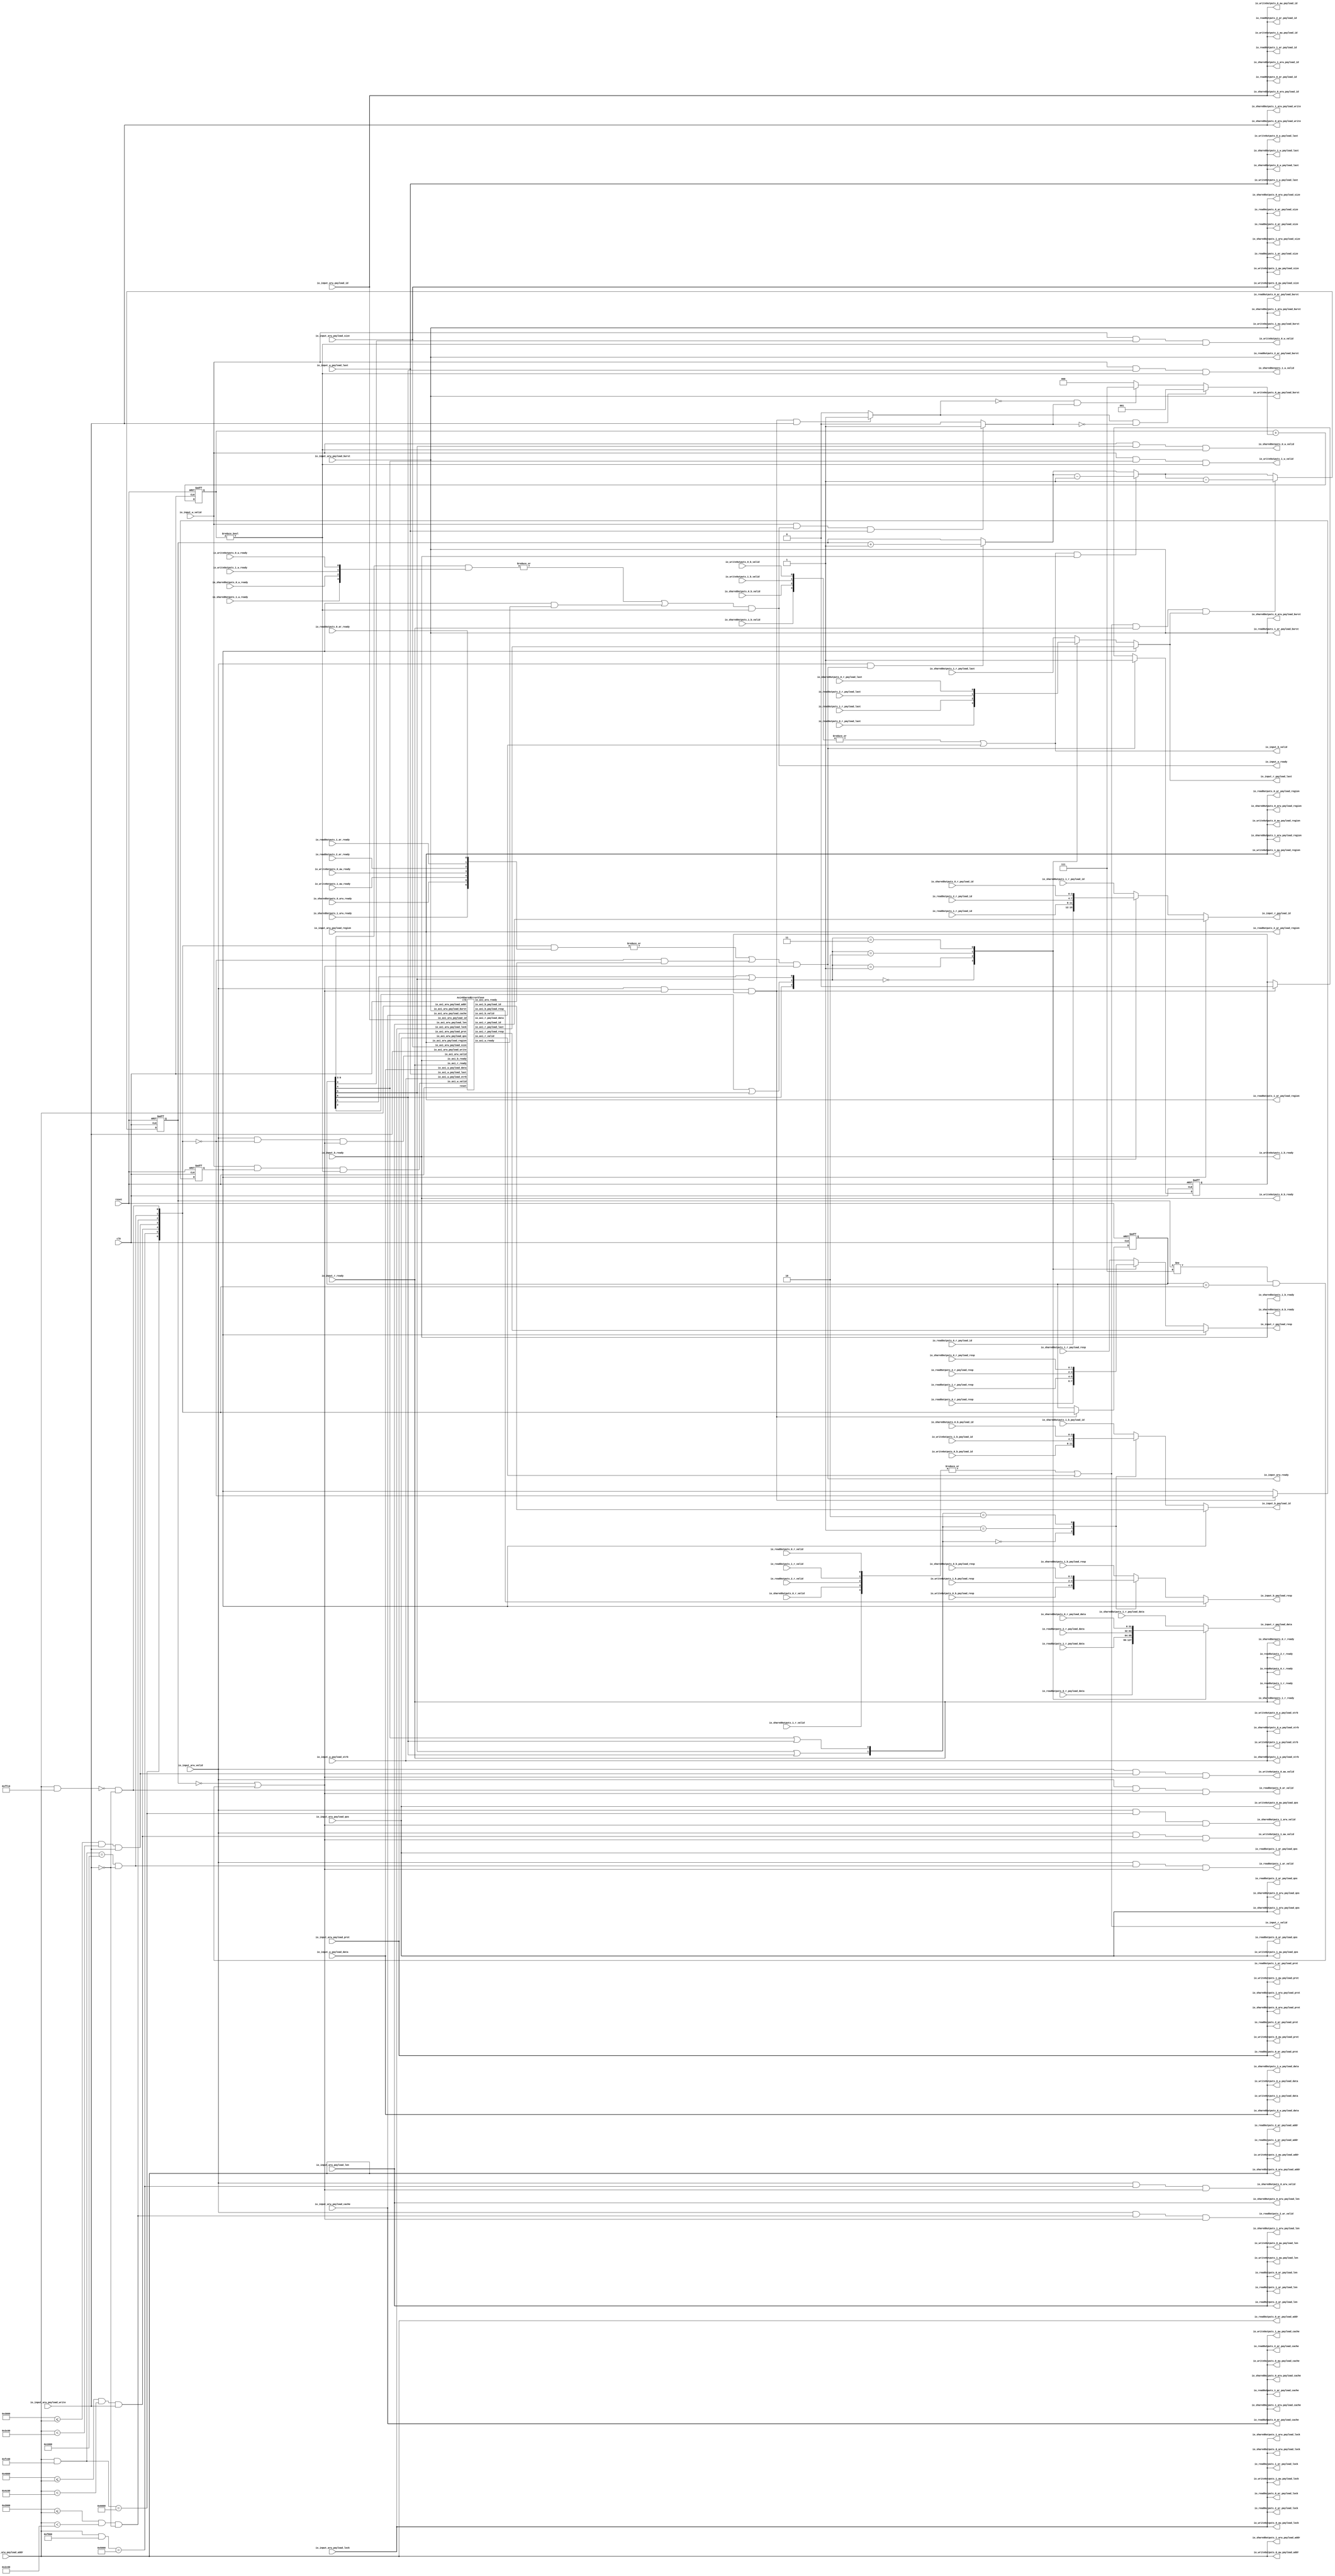
// Generator : SpinalHDL v1.7.2    git head : 08fc866bebdc40c471ebe327bface63e34406489
// Component : Axi4SharedDecoder
// Git hash  : 23d564a3e9d4d768c2cb1641ec7dc2becc0d2602

`timescale 1ns/1ps

module Axi4SharedDecoder (
  input               io_input_arw_valid,
  output              io_input_arw_ready,
  input      [15:0]   io_input_arw_payload_addr,
  input      [3:0]    io_input_arw_payload_id,
  input      [3:0]    io_input_arw_payload_region,
  input      [7:0]    io_input_arw_payload_len,
  input      [2:0]    io_input_arw_payload_size,
  input      [1:0]    io_input_arw_payload_burst,
  input      [0:0]    io_input_arw_payload_lock,
  input      [3:0]    io_input_arw_payload_cache,
  input      [3:0]    io_input_arw_payload_qos,
  input      [2:0]    io_input_arw_payload_prot,
  input               io_input_arw_payload_write,
  input               io_input_w_valid,
  output              io_input_w_ready,
  input      [31:0]   io_input_w_payload_data,
  input      [3:0]    io_input_w_payload_strb,
  input               io_input_w_payload_last,
  output              io_input_b_valid,
  input               io_input_b_ready,
  output reg [3:0]    io_input_b_payload_id,
  output reg [1:0]    io_input_b_payload_resp,
  output              io_input_r_valid,
  input               io_input_r_ready,
  output     [31:0]   io_input_r_payload_data,
  output reg [3:0]    io_input_r_payload_id,
  output reg [1:0]    io_input_r_payload_resp,
  output reg          io_input_r_payload_last,
  output              io_readOutputs_0_ar_valid,
  input               io_readOutputs_0_ar_ready,
  output     [15:0]   io_readOutputs_0_ar_payload_addr,
  output     [3:0]    io_readOutputs_0_ar_payload_id,
  output     [3:0]    io_readOutputs_0_ar_payload_region,
  output     [7:0]    io_readOutputs_0_ar_payload_len,
  output     [2:0]    io_readOutputs_0_ar_payload_size,
  output     [1:0]    io_readOutputs_0_ar_payload_burst,
  output     [0:0]    io_readOutputs_0_ar_payload_lock,
  output     [3:0]    io_readOutputs_0_ar_payload_cache,
  output     [3:0]    io_readOutputs_0_ar_payload_qos,
  output     [2:0]    io_readOutputs_0_ar_payload_prot,
  input               io_readOutputs_0_r_valid,
  output              io_readOutputs_0_r_ready,
  input      [31:0]   io_readOutputs_0_r_payload_data,
  input      [3:0]    io_readOutputs_0_r_payload_id,
  input      [1:0]    io_readOutputs_0_r_payload_resp,
  input               io_readOutputs_0_r_payload_last,
  output              io_readOutputs_1_ar_valid,
  input               io_readOutputs_1_ar_ready,
  output     [15:0]   io_readOutputs_1_ar_payload_addr,
  output     [3:0]    io_readOutputs_1_ar_payload_id,
  output     [3:0]    io_readOutputs_1_ar_payload_region,
  output     [7:0]    io_readOutputs_1_ar_payload_len,
  output     [2:0]    io_readOutputs_1_ar_payload_size,
  output     [1:0]    io_readOutputs_1_ar_payload_burst,
  output     [0:0]    io_readOutputs_1_ar_payload_lock,
  output     [3:0]    io_readOutputs_1_ar_payload_cache,
  output     [3:0]    io_readOutputs_1_ar_payload_qos,
  output     [2:0]    io_readOutputs_1_ar_payload_prot,
  input               io_readOutputs_1_r_valid,
  output              io_readOutputs_1_r_ready,
  input      [31:0]   io_readOutputs_1_r_payload_data,
  input      [3:0]    io_readOutputs_1_r_payload_id,
  input      [1:0]    io_readOutputs_1_r_payload_resp,
  input               io_readOutputs_1_r_payload_last,
  output              io_readOutputs_2_ar_valid,
  input               io_readOutputs_2_ar_ready,
  output     [15:0]   io_readOutputs_2_ar_payload_addr,
  output     [3:0]    io_readOutputs_2_ar_payload_id,
  output     [3:0]    io_readOutputs_2_ar_payload_region,
  output     [7:0]    io_readOutputs_2_ar_payload_len,
  output     [2:0]    io_readOutputs_2_ar_payload_size,
  output     [1:0]    io_readOutputs_2_ar_payload_burst,
  output     [0:0]    io_readOutputs_2_ar_payload_lock,
  output     [3:0]    io_readOutputs_2_ar_payload_cache,
  output     [3:0]    io_readOutputs_2_ar_payload_qos,
  output     [2:0]    io_readOutputs_2_ar_payload_prot,
  input               io_readOutputs_2_r_valid,
  output              io_readOutputs_2_r_ready,
  input      [31:0]   io_readOutputs_2_r_payload_data,
  input      [3:0]    io_readOutputs_2_r_payload_id,
  input      [1:0]    io_readOutputs_2_r_payload_resp,
  input               io_readOutputs_2_r_payload_last,
  output              io_writeOutputs_0_aw_valid,
  input               io_writeOutputs_0_aw_ready,
  output     [15:0]   io_writeOutputs_0_aw_payload_addr,
  output     [3:0]    io_writeOutputs_0_aw_payload_id,
  output     [3:0]    io_writeOutputs_0_aw_payload_region,
  output     [7:0]    io_writeOutputs_0_aw_payload_len,
  output     [2:0]    io_writeOutputs_0_aw_payload_size,
  output     [1:0]    io_writeOutputs_0_aw_payload_burst,
  output     [0:0]    io_writeOutputs_0_aw_payload_lock,
  output     [3:0]    io_writeOutputs_0_aw_payload_cache,
  output     [3:0]    io_writeOutputs_0_aw_payload_qos,
  output     [2:0]    io_writeOutputs_0_aw_payload_prot,
  output              io_writeOutputs_0_w_valid,
  input               io_writeOutputs_0_w_ready,
  output     [31:0]   io_writeOutputs_0_w_payload_data,
  output     [3:0]    io_writeOutputs_0_w_payload_strb,
  output              io_writeOutputs_0_w_payload_last,
  input               io_writeOutputs_0_b_valid,
  output              io_writeOutputs_0_b_ready,
  input      [3:0]    io_writeOutputs_0_b_payload_id,
  input      [1:0]    io_writeOutputs_0_b_payload_resp,
  output              io_writeOutputs_1_aw_valid,
  input               io_writeOutputs_1_aw_ready,
  output     [15:0]   io_writeOutputs_1_aw_payload_addr,
  output     [3:0]    io_writeOutputs_1_aw_payload_id,
  output     [3:0]    io_writeOutputs_1_aw_payload_region,
  output     [7:0]    io_writeOutputs_1_aw_payload_len,
  output     [2:0]    io_writeOutputs_1_aw_payload_size,
  output     [1:0]    io_writeOutputs_1_aw_payload_burst,
  output     [0:0]    io_writeOutputs_1_aw_payload_lock,
  output     [3:0]    io_writeOutputs_1_aw_payload_cache,
  output     [3:0]    io_writeOutputs_1_aw_payload_qos,
  output     [2:0]    io_writeOutputs_1_aw_payload_prot,
  output              io_writeOutputs_1_w_valid,
  input               io_writeOutputs_1_w_ready,
  output     [31:0]   io_writeOutputs_1_w_payload_data,
  output     [3:0]    io_writeOutputs_1_w_payload_strb,
  output              io_writeOutputs_1_w_payload_last,
  input               io_writeOutputs_1_b_valid,
  output              io_writeOutputs_1_b_ready,
  input      [3:0]    io_writeOutputs_1_b_payload_id,
  input      [1:0]    io_writeOutputs_1_b_payload_resp,
  output              io_sharedOutputs_0_arw_valid,
  input               io_sharedOutputs_0_arw_ready,
  output     [15:0]   io_sharedOutputs_0_arw_payload_addr,
  output     [3:0]    io_sharedOutputs_0_arw_payload_id,
  output     [3:0]    io_sharedOutputs_0_arw_payload_region,
  output     [7:0]    io_sharedOutputs_0_arw_payload_len,
  output     [2:0]    io_sharedOutputs_0_arw_payload_size,
  output     [1:0]    io_sharedOutputs_0_arw_payload_burst,
  output     [0:0]    io_sharedOutputs_0_arw_payload_lock,
  output     [3:0]    io_sharedOutputs_0_arw_payload_cache,
  output     [3:0]    io_sharedOutputs_0_arw_payload_qos,
  output     [2:0]    io_sharedOutputs_0_arw_payload_prot,
  output              io_sharedOutputs_0_arw_payload_write,
  output              io_sharedOutputs_0_w_valid,
  input               io_sharedOutputs_0_w_ready,
  output     [31:0]   io_sharedOutputs_0_w_payload_data,
  output     [3:0]    io_sharedOutputs_0_w_payload_strb,
  output              io_sharedOutputs_0_w_payload_last,
  input               io_sharedOutputs_0_b_valid,
  output              io_sharedOutputs_0_b_ready,
  input      [3:0]    io_sharedOutputs_0_b_payload_id,
  input      [1:0]    io_sharedOutputs_0_b_payload_resp,
  input               io_sharedOutputs_0_r_valid,
  output              io_sharedOutputs_0_r_ready,
  input      [31:0]   io_sharedOutputs_0_r_payload_data,
  input      [3:0]    io_sharedOutputs_0_r_payload_id,
  input      [1:0]    io_sharedOutputs_0_r_payload_resp,
  input               io_sharedOutputs_0_r_payload_last,
  output              io_sharedOutputs_1_arw_valid,
  input               io_sharedOutputs_1_arw_ready,
  output     [15:0]   io_sharedOutputs_1_arw_payload_addr,
  output     [3:0]    io_sharedOutputs_1_arw_payload_id,
  output     [3:0]    io_sharedOutputs_1_arw_payload_region,
  output     [7:0]    io_sharedOutputs_1_arw_payload_len,
  output     [2:0]    io_sharedOutputs_1_arw_payload_size,
  output     [1:0]    io_sharedOutputs_1_arw_payload_burst,
  output     [0:0]    io_sharedOutputs_1_arw_payload_lock,
  output     [3:0]    io_sharedOutputs_1_arw_payload_cache,
  output     [3:0]    io_sharedOutputs_1_arw_payload_qos,
  output     [2:0]    io_sharedOutputs_1_arw_payload_prot,
  output              io_sharedOutputs_1_arw_payload_write,
  output              io_sharedOutputs_1_w_valid,
  input               io_sharedOutputs_1_w_ready,
  output     [31:0]   io_sharedOutputs_1_w_payload_data,
  output     [3:0]    io_sharedOutputs_1_w_payload_strb,
  output              io_sharedOutputs_1_w_payload_last,
  input               io_sharedOutputs_1_b_valid,
  output              io_sharedOutputs_1_b_ready,
  input      [3:0]    io_sharedOutputs_1_b_payload_id,
  input      [1:0]    io_sharedOutputs_1_b_payload_resp,
  input               io_sharedOutputs_1_r_valid,
  output              io_sharedOutputs_1_r_ready,
  input      [31:0]   io_sharedOutputs_1_r_payload_data,
  input      [3:0]    io_sharedOutputs_1_r_payload_id,
  input      [1:0]    io_sharedOutputs_1_r_payload_resp,
  input               io_sharedOutputs_1_r_payload_last,
  input               clk,
  input               reset
);

  wire                errorSlave_io_axi_arw_valid;
  wire                errorSlave_io_axi_w_valid;
  wire                errorSlave_io_axi_arw_ready;
  wire                errorSlave_io_axi_w_ready;
  wire                errorSlave_io_axi_b_valid;
  wire       [3:0]    errorSlave_io_axi_b_payload_id;
  wire       [1:0]    errorSlave_io_axi_b_payload_resp;
  wire                errorSlave_io_axi_r_valid;
  wire       [31:0]   errorSlave_io_axi_r_payload_data;
  wire       [3:0]    errorSlave_io_axi_r_payload_id;
  wire       [1:0]    errorSlave_io_axi_r_payload_resp;
  wire                errorSlave_io_axi_r_payload_last;
  wire       [15:0]   _zz_decodedCmdSels;
  wire       [15:0]   _zz_decodedCmdSels_1;
  wire                _zz_decodedCmdSels_2;
  wire                _zz_decodedCmdSels_3;
  wire                _zz_decodedCmdSels_4;
  wire                _zz_decodedCmdSels_5;
  wire                _zz_decodedCmdSels_6;
  wire                _zz_decodedCmdSels_7;
  reg        [3:0]    _zz_io_input_b_payload_id;
  reg        [1:0]    _zz_io_input_b_payload_resp;
  reg        [31:0]   _zz_io_input_r_payload_data;
  reg        [3:0]    _zz_io_input_r_payload_id;
  reg        [1:0]    _zz_io_input_r_payload_resp;
  reg                 _zz_io_input_r_payload_last;
  reg        [2:0]    _zz_pendingCmdCounter;
  reg        [2:0]    _zz_pendingCmdCounter_1;
  reg        [2:0]    _zz_pendingCmdCounter_2;
  wire                cmdAllowedStart;
  wire                io_input_arw_fire;
  wire                io_input_b_fire;
  wire                io_input_r_fire;
  wire                when_Utils_l678;
  reg        [2:0]    pendingCmdCounter;
  wire       [2:0]    _zz_pendingCmdCounter_3;
  wire                when_Utils_l624;
  wire                io_input_w_fire;
  wire                when_Utils_l627;
  reg                 pendingDataCounter_incrementIt;
  reg                 pendingDataCounter_decrementIt;
  wire       [2:0]    pendingDataCounter_valueNext;
  reg        [2:0]    pendingDataCounter_value;
  wire                pendingDataCounter_willOverflowIfInc;
  wire                pendingDataCounter_willOverflow;
  reg        [2:0]    pendingDataCounter_finalIncrement;
  wire                when_Utils_l652;
  wire                when_Utils_l654;
  wire       [6:0]    decodedCmdSels;
  wire                decodedCmdError;
  reg        [6:0]    pendingSels;
  reg                 pendingError;
  wire                allowCmd;
  wire                allowData;
  reg                 _zz_cmdAllowedStart;
  wire       [2:0]    _zz_io_readOutputs_0_ar_valid;
  wire       [1:0]    _zz_io_writeOutputs_0_aw_valid;
  wire       [1:0]    _zz_io_sharedOutputs_0_arw_valid;
  wire       [1:0]    _zz_io_writeOutputs_0_w_valid;
  wire       [1:0]    _zz_io_sharedOutputs_0_w_valid;
  wire       [3:0]    _zz_writeRspIndex;
  wire                _zz_writeRspIndex_1;
  wire                _zz_writeRspIndex_2;
  wire                _zz_writeRspIndex_3;
  wire       [1:0]    writeRspIndex;
  wire       [4:0]    _zz_readRspIndex;
  wire                _zz_readRspIndex_1;
  wire                _zz_readRspIndex_2;
  wire                _zz_readRspIndex_3;
  wire                _zz_readRspIndex_4;
  wire       [2:0]    readRspIndex;

  assign _zz_decodedCmdSels = (~ 16'h03ff);
  assign _zz_decodedCmdSels_1 = (~ 16'h07ff);
  assign _zz_decodedCmdSels_2 = ((16'h4000 <= io_input_arw_payload_addr) && (io_input_arw_payload_addr < 16'h4c00));
  assign _zz_decodedCmdSels_3 = ((16'h3000 <= io_input_arw_payload_addr) && (io_input_arw_payload_addr < 16'h3c00));
  assign _zz_decodedCmdSels_4 = ((16'h2000 <= io_input_arw_payload_addr) && (io_input_arw_payload_addr < 16'h2c00));
  assign _zz_decodedCmdSels_5 = (! io_input_arw_payload_write);
  assign _zz_decodedCmdSels_6 = (((io_input_arw_payload_addr & (~ 16'h03ff)) == 16'h1000) && (! io_input_arw_payload_write));
  assign _zz_decodedCmdSels_7 = (((io_input_arw_payload_addr & (~ 16'h003f)) == 16'h0) && (! io_input_arw_payload_write));
  Axi4SharedErrorSlave errorSlave (
    .io_axi_arw_valid          (errorSlave_io_axi_arw_valid           ), //i
    .io_axi_arw_ready          (errorSlave_io_axi_arw_ready           ), //o
    .io_axi_arw_payload_addr   (io_input_arw_payload_addr[15:0]       ), //i
    .io_axi_arw_payload_id     (io_input_arw_payload_id[3:0]          ), //i
    .io_axi_arw_payload_region (io_input_arw_payload_region[3:0]      ), //i
    .io_axi_arw_payload_len    (io_input_arw_payload_len[7:0]         ), //i
    .io_axi_arw_payload_size   (io_input_arw_payload_size[2:0]        ), //i
    .io_axi_arw_payload_burst  (io_input_arw_payload_burst[1:0]       ), //i
    .io_axi_arw_payload_lock   (io_input_arw_payload_lock             ), //i
    .io_axi_arw_payload_cache  (io_input_arw_payload_cache[3:0]       ), //i
    .io_axi_arw_payload_qos    (io_input_arw_payload_qos[3:0]         ), //i
    .io_axi_arw_payload_prot   (io_input_arw_payload_prot[2:0]        ), //i
    .io_axi_arw_payload_write  (io_input_arw_payload_write            ), //i
    .io_axi_w_valid            (errorSlave_io_axi_w_valid             ), //i
    .io_axi_w_ready            (errorSlave_io_axi_w_ready             ), //o
    .io_axi_w_payload_data     (io_input_w_payload_data[31:0]         ), //i
    .io_axi_w_payload_strb     (io_input_w_payload_strb[3:0]          ), //i
    .io_axi_w_payload_last     (io_input_w_payload_last               ), //i
    .io_axi_b_valid            (errorSlave_io_axi_b_valid             ), //o
    .io_axi_b_ready            (io_input_b_ready                      ), //i
    .io_axi_b_payload_id       (errorSlave_io_axi_b_payload_id[3:0]   ), //o
    .io_axi_b_payload_resp     (errorSlave_io_axi_b_payload_resp[1:0] ), //o
    .io_axi_r_valid            (errorSlave_io_axi_r_valid             ), //o
    .io_axi_r_ready            (io_input_r_ready                      ), //i
    .io_axi_r_payload_data     (errorSlave_io_axi_r_payload_data[31:0]), //o
    .io_axi_r_payload_id       (errorSlave_io_axi_r_payload_id[3:0]   ), //o
    .io_axi_r_payload_resp     (errorSlave_io_axi_r_payload_resp[1:0] ), //o
    .io_axi_r_payload_last     (errorSlave_io_axi_r_payload_last      ), //o
    .clk                       (clk                                   ), //i
    .reset                     (reset                                 )  //i
  );
  always @(*) begin
    case(writeRspIndex)
      2'b00 : begin
        _zz_io_input_b_payload_id = io_writeOutputs_0_b_payload_id;
        _zz_io_input_b_payload_resp = io_writeOutputs_0_b_payload_resp;
      end
      2'b01 : begin
        _zz_io_input_b_payload_id = io_writeOutputs_1_b_payload_id;
        _zz_io_input_b_payload_resp = io_writeOutputs_1_b_payload_resp;
      end
      2'b10 : begin
        _zz_io_input_b_payload_id = io_sharedOutputs_0_b_payload_id;
        _zz_io_input_b_payload_resp = io_sharedOutputs_0_b_payload_resp;
      end
      default : begin
        _zz_io_input_b_payload_id = io_sharedOutputs_1_b_payload_id;
        _zz_io_input_b_payload_resp = io_sharedOutputs_1_b_payload_resp;
      end
    endcase
  end

  always @(*) begin
    case(readRspIndex)
      3'b000 : begin
        _zz_io_input_r_payload_data = io_readOutputs_0_r_payload_data;
        _zz_io_input_r_payload_id = io_readOutputs_0_r_payload_id;
        _zz_io_input_r_payload_resp = io_readOutputs_0_r_payload_resp;
        _zz_io_input_r_payload_last = io_readOutputs_0_r_payload_last;
      end
      3'b001 : begin
        _zz_io_input_r_payload_data = io_readOutputs_1_r_payload_data;
        _zz_io_input_r_payload_id = io_readOutputs_1_r_payload_id;
        _zz_io_input_r_payload_resp = io_readOutputs_1_r_payload_resp;
        _zz_io_input_r_payload_last = io_readOutputs_1_r_payload_last;
      end
      3'b010 : begin
        _zz_io_input_r_payload_data = io_readOutputs_2_r_payload_data;
        _zz_io_input_r_payload_id = io_readOutputs_2_r_payload_id;
        _zz_io_input_r_payload_resp = io_readOutputs_2_r_payload_resp;
        _zz_io_input_r_payload_last = io_readOutputs_2_r_payload_last;
      end
      3'b011 : begin
        _zz_io_input_r_payload_data = io_sharedOutputs_0_r_payload_data;
        _zz_io_input_r_payload_id = io_sharedOutputs_0_r_payload_id;
        _zz_io_input_r_payload_resp = io_sharedOutputs_0_r_payload_resp;
        _zz_io_input_r_payload_last = io_sharedOutputs_0_r_payload_last;
      end
      default : begin
        _zz_io_input_r_payload_data = io_sharedOutputs_1_r_payload_data;
        _zz_io_input_r_payload_id = io_sharedOutputs_1_r_payload_id;
        _zz_io_input_r_payload_resp = io_sharedOutputs_1_r_payload_resp;
        _zz_io_input_r_payload_last = io_sharedOutputs_1_r_payload_last;
      end
    endcase
  end

  always @(*) begin
    _zz_pendingCmdCounter = _zz_pendingCmdCounter_1;
    if(when_Utils_l678) begin
      _zz_pendingCmdCounter = (_zz_pendingCmdCounter_1 - 3'b001);
    end
  end

  always @(*) begin
    _zz_pendingCmdCounter_1 = _zz_pendingCmdCounter_2;
    if(io_input_b_fire) begin
      _zz_pendingCmdCounter_1 = (_zz_pendingCmdCounter_2 - 3'b001);
    end
  end

  always @(*) begin
    _zz_pendingCmdCounter_2 = _zz_pendingCmdCounter_3;
    if(io_input_arw_fire) begin
      _zz_pendingCmdCounter_2 = (_zz_pendingCmdCounter_3 + 3'b001);
    end
  end

  assign io_input_arw_fire = (io_input_arw_valid && io_input_arw_ready);
  assign io_input_b_fire = (io_input_b_valid && io_input_b_ready);
  assign io_input_r_fire = (io_input_r_valid && io_input_r_ready);
  assign when_Utils_l678 = (io_input_r_fire && io_input_r_payload_last);
  assign _zz_pendingCmdCounter_3 = pendingCmdCounter;
  assign when_Utils_l624 = (cmdAllowedStart && io_input_arw_payload_write);
  assign io_input_w_fire = (io_input_w_valid && io_input_w_ready);
  assign when_Utils_l627 = (io_input_w_fire && io_input_w_payload_last);
  always @(*) begin
    pendingDataCounter_incrementIt = 1'b0;
    if(when_Utils_l624) begin
      pendingDataCounter_incrementIt = 1'b1;
    end
  end

  always @(*) begin
    pendingDataCounter_decrementIt = 1'b0;
    if(when_Utils_l627) begin
      pendingDataCounter_decrementIt = 1'b1;
    end
  end

  assign pendingDataCounter_willOverflowIfInc = ((pendingDataCounter_value == 3'b111) && (! pendingDataCounter_decrementIt));
  assign pendingDataCounter_willOverflow = (pendingDataCounter_willOverflowIfInc && pendingDataCounter_incrementIt);
  assign when_Utils_l652 = (pendingDataCounter_incrementIt && (! pendingDataCounter_decrementIt));
  always @(*) begin
    if(when_Utils_l652) begin
      pendingDataCounter_finalIncrement = 3'b001;
    end else begin
      if(when_Utils_l654) begin
        pendingDataCounter_finalIncrement = 3'b111;
      end else begin
        pendingDataCounter_finalIncrement = 3'b000;
      end
    end
  end

  assign when_Utils_l654 = ((! pendingDataCounter_incrementIt) && pendingDataCounter_decrementIt);
  assign pendingDataCounter_valueNext = (pendingDataCounter_value + pendingDataCounter_finalIncrement);
  assign decodedCmdSels = {{((io_input_arw_payload_addr & _zz_decodedCmdSels) == 16'h6000),((io_input_arw_payload_addr & _zz_decodedCmdSels_1) == 16'h5000)},{{(_zz_decodedCmdSels_2 && io_input_arw_payload_write),(_zz_decodedCmdSels_3 && io_input_arw_payload_write)},{(_zz_decodedCmdSels_4 && _zz_decodedCmdSels_5),{_zz_decodedCmdSels_6,_zz_decodedCmdSels_7}}}};
  assign decodedCmdError = (decodedCmdSels == 7'h0);
  assign allowCmd = ((pendingCmdCounter == 3'b000) || ((pendingCmdCounter != 3'b111) && (pendingSels == decodedCmdSels)));
  assign allowData = (pendingDataCounter_value != 3'b000);
  assign cmdAllowedStart = ((io_input_arw_valid && allowCmd) && _zz_cmdAllowedStart);
  assign io_input_arw_ready = (((|(decodedCmdSels & {io_sharedOutputs_1_arw_ready,{io_sharedOutputs_0_arw_ready,{io_writeOutputs_1_aw_ready,{io_writeOutputs_0_aw_ready,{io_readOutputs_2_ar_ready,{io_readOutputs_1_ar_ready,io_readOutputs_0_ar_ready}}}}}})) || (decodedCmdError && errorSlave_io_axi_arw_ready)) && allowCmd);
  assign errorSlave_io_axi_arw_valid = ((io_input_arw_valid && decodedCmdError) && allowCmd);
  assign _zz_io_readOutputs_0_ar_valid = decodedCmdSels[2 : 0];
  assign io_readOutputs_0_ar_valid = ((io_input_arw_valid && _zz_io_readOutputs_0_ar_valid[0]) && allowCmd);
  assign io_readOutputs_0_ar_payload_addr = io_input_arw_payload_addr;
  assign io_readOutputs_0_ar_payload_id = io_input_arw_payload_id;
  assign io_readOutputs_0_ar_payload_region = io_input_arw_payload_region;
  assign io_readOutputs_0_ar_payload_len = io_input_arw_payload_len;
  assign io_readOutputs_0_ar_payload_size = io_input_arw_payload_size;
  assign io_readOutputs_0_ar_payload_burst = io_input_arw_payload_burst;
  assign io_readOutputs_0_ar_payload_lock = io_input_arw_payload_lock;
  assign io_readOutputs_0_ar_payload_cache = io_input_arw_payload_cache;
  assign io_readOutputs_0_ar_payload_qos = io_input_arw_payload_qos;
  assign io_readOutputs_0_ar_payload_prot = io_input_arw_payload_prot;
  assign io_readOutputs_1_ar_valid = ((io_input_arw_valid && _zz_io_readOutputs_0_ar_valid[1]) && allowCmd);
  assign io_readOutputs_1_ar_payload_addr = io_input_arw_payload_addr;
  assign io_readOutputs_1_ar_payload_id = io_input_arw_payload_id;
  assign io_readOutputs_1_ar_payload_region = io_input_arw_payload_region;
  assign io_readOutputs_1_ar_payload_len = io_input_arw_payload_len;
  assign io_readOutputs_1_ar_payload_size = io_input_arw_payload_size;
  assign io_readOutputs_1_ar_payload_burst = io_input_arw_payload_burst;
  assign io_readOutputs_1_ar_payload_lock = io_input_arw_payload_lock;
  assign io_readOutputs_1_ar_payload_cache = io_input_arw_payload_cache;
  assign io_readOutputs_1_ar_payload_qos = io_input_arw_payload_qos;
  assign io_readOutputs_1_ar_payload_prot = io_input_arw_payload_prot;
  assign io_readOutputs_2_ar_valid = ((io_input_arw_valid && _zz_io_readOutputs_0_ar_valid[2]) && allowCmd);
  assign io_readOutputs_2_ar_payload_addr = io_input_arw_payload_addr;
  assign io_readOutputs_2_ar_payload_id = io_input_arw_payload_id;
  assign io_readOutputs_2_ar_payload_region = io_input_arw_payload_region;
  assign io_readOutputs_2_ar_payload_len = io_input_arw_payload_len;
  assign io_readOutputs_2_ar_payload_size = io_input_arw_payload_size;
  assign io_readOutputs_2_ar_payload_burst = io_input_arw_payload_burst;
  assign io_readOutputs_2_ar_payload_lock = io_input_arw_payload_lock;
  assign io_readOutputs_2_ar_payload_cache = io_input_arw_payload_cache;
  assign io_readOutputs_2_ar_payload_qos = io_input_arw_payload_qos;
  assign io_readOutputs_2_ar_payload_prot = io_input_arw_payload_prot;
  assign _zz_io_writeOutputs_0_aw_valid = decodedCmdSels[4 : 3];
  assign io_writeOutputs_0_aw_valid = ((io_input_arw_valid && _zz_io_writeOutputs_0_aw_valid[0]) && allowCmd);
  assign io_writeOutputs_0_aw_payload_addr = io_input_arw_payload_addr;
  assign io_writeOutputs_0_aw_payload_id = io_input_arw_payload_id;
  assign io_writeOutputs_0_aw_payload_region = io_input_arw_payload_region;
  assign io_writeOutputs_0_aw_payload_len = io_input_arw_payload_len;
  assign io_writeOutputs_0_aw_payload_size = io_input_arw_payload_size;
  assign io_writeOutputs_0_aw_payload_burst = io_input_arw_payload_burst;
  assign io_writeOutputs_0_aw_payload_lock = io_input_arw_payload_lock;
  assign io_writeOutputs_0_aw_payload_cache = io_input_arw_payload_cache;
  assign io_writeOutputs_0_aw_payload_qos = io_input_arw_payload_qos;
  assign io_writeOutputs_0_aw_payload_prot = io_input_arw_payload_prot;
  assign io_writeOutputs_1_aw_valid = ((io_input_arw_valid && _zz_io_writeOutputs_0_aw_valid[1]) && allowCmd);
  assign io_writeOutputs_1_aw_payload_addr = io_input_arw_payload_addr;
  assign io_writeOutputs_1_aw_payload_id = io_input_arw_payload_id;
  assign io_writeOutputs_1_aw_payload_region = io_input_arw_payload_region;
  assign io_writeOutputs_1_aw_payload_len = io_input_arw_payload_len;
  assign io_writeOutputs_1_aw_payload_size = io_input_arw_payload_size;
  assign io_writeOutputs_1_aw_payload_burst = io_input_arw_payload_burst;
  assign io_writeOutputs_1_aw_payload_lock = io_input_arw_payload_lock;
  assign io_writeOutputs_1_aw_payload_cache = io_input_arw_payload_cache;
  assign io_writeOutputs_1_aw_payload_qos = io_input_arw_payload_qos;
  assign io_writeOutputs_1_aw_payload_prot = io_input_arw_payload_prot;
  assign _zz_io_sharedOutputs_0_arw_valid = decodedCmdSels[6 : 5];
  assign io_sharedOutputs_0_arw_valid = ((io_input_arw_valid && _zz_io_sharedOutputs_0_arw_valid[0]) && allowCmd);
  assign io_sharedOutputs_0_arw_payload_addr = io_input_arw_payload_addr;
  assign io_sharedOutputs_0_arw_payload_id = io_input_arw_payload_id;
  assign io_sharedOutputs_0_arw_payload_region = io_input_arw_payload_region;
  assign io_sharedOutputs_0_arw_payload_len = io_input_arw_payload_len;
  assign io_sharedOutputs_0_arw_payload_size = io_input_arw_payload_size;
  assign io_sharedOutputs_0_arw_payload_burst = io_input_arw_payload_burst;
  assign io_sharedOutputs_0_arw_payload_lock = io_input_arw_payload_lock;
  assign io_sharedOutputs_0_arw_payload_cache = io_input_arw_payload_cache;
  assign io_sharedOutputs_0_arw_payload_qos = io_input_arw_payload_qos;
  assign io_sharedOutputs_0_arw_payload_prot = io_input_arw_payload_prot;
  assign io_sharedOutputs_0_arw_payload_write = io_input_arw_payload_write;
  assign io_sharedOutputs_1_arw_valid = ((io_input_arw_valid && _zz_io_sharedOutputs_0_arw_valid[1]) && allowCmd);
  assign io_sharedOutputs_1_arw_payload_addr = io_input_arw_payload_addr;
  assign io_sharedOutputs_1_arw_payload_id = io_input_arw_payload_id;
  assign io_sharedOutputs_1_arw_payload_region = io_input_arw_payload_region;
  assign io_sharedOutputs_1_arw_payload_len = io_input_arw_payload_len;
  assign io_sharedOutputs_1_arw_payload_size = io_input_arw_payload_size;
  assign io_sharedOutputs_1_arw_payload_burst = io_input_arw_payload_burst;
  assign io_sharedOutputs_1_arw_payload_lock = io_input_arw_payload_lock;
  assign io_sharedOutputs_1_arw_payload_cache = io_input_arw_payload_cache;
  assign io_sharedOutputs_1_arw_payload_qos = io_input_arw_payload_qos;
  assign io_sharedOutputs_1_arw_payload_prot = io_input_arw_payload_prot;
  assign io_sharedOutputs_1_arw_payload_write = io_input_arw_payload_write;
  assign io_input_w_ready = (((|({pendingSels[6 : 5],pendingSels[4 : 3]} & {io_sharedOutputs_1_w_ready,{io_sharedOutputs_0_w_ready,{io_writeOutputs_1_w_ready,io_writeOutputs_0_w_ready}}})) || (pendingError && errorSlave_io_axi_w_ready)) && allowData);
  assign errorSlave_io_axi_w_valid = ((io_input_w_valid && pendingError) && allowData);
  assign _zz_io_writeOutputs_0_w_valid = pendingSels[4 : 3];
  assign io_writeOutputs_0_w_valid = ((io_input_w_valid && _zz_io_writeOutputs_0_w_valid[0]) && allowData);
  assign io_writeOutputs_0_w_payload_data = io_input_w_payload_data;
  assign io_writeOutputs_0_w_payload_strb = io_input_w_payload_strb;
  assign io_writeOutputs_0_w_payload_last = io_input_w_payload_last;
  assign io_writeOutputs_1_w_valid = ((io_input_w_valid && _zz_io_writeOutputs_0_w_valid[1]) && allowData);
  assign io_writeOutputs_1_w_payload_data = io_input_w_payload_data;
  assign io_writeOutputs_1_w_payload_strb = io_input_w_payload_strb;
  assign io_writeOutputs_1_w_payload_last = io_input_w_payload_last;
  assign _zz_io_sharedOutputs_0_w_valid = pendingSels[6 : 5];
  assign io_sharedOutputs_0_w_valid = ((io_input_w_valid && _zz_io_sharedOutputs_0_w_valid[0]) && allowData);
  assign io_sharedOutputs_0_w_payload_data = io_input_w_payload_data;
  assign io_sharedOutputs_0_w_payload_strb = io_input_w_payload_strb;
  assign io_sharedOutputs_0_w_payload_last = io_input_w_payload_last;
  assign io_sharedOutputs_1_w_valid = ((io_input_w_valid && _zz_io_sharedOutputs_0_w_valid[1]) && allowData);
  assign io_sharedOutputs_1_w_payload_data = io_input_w_payload_data;
  assign io_sharedOutputs_1_w_payload_strb = io_input_w_payload_strb;
  assign io_sharedOutputs_1_w_payload_last = io_input_w_payload_last;
  assign _zz_writeRspIndex = {pendingSels[6 : 5],pendingSels[4 : 3]};
  assign _zz_writeRspIndex_1 = _zz_writeRspIndex[3];
  assign _zz_writeRspIndex_2 = (_zz_writeRspIndex[1] || _zz_writeRspIndex_1);
  assign _zz_writeRspIndex_3 = (_zz_writeRspIndex[2] || _zz_writeRspIndex_1);
  assign writeRspIndex = {_zz_writeRspIndex_3,_zz_writeRspIndex_2};
  assign io_input_b_valid = ((|{io_sharedOutputs_1_b_valid,{io_sharedOutputs_0_b_valid,{io_writeOutputs_1_b_valid,io_writeOutputs_0_b_valid}}}) || errorSlave_io_axi_b_valid);
  always @(*) begin
    io_input_b_payload_id = _zz_io_input_b_payload_id;
    if(pendingError) begin
      io_input_b_payload_id = errorSlave_io_axi_b_payload_id;
    end
  end

  always @(*) begin
    io_input_b_payload_resp = _zz_io_input_b_payload_resp;
    if(pendingError) begin
      io_input_b_payload_resp = errorSlave_io_axi_b_payload_resp;
    end
  end

  assign io_writeOutputs_0_b_ready = io_input_b_ready;
  assign io_writeOutputs_1_b_ready = io_input_b_ready;
  assign io_sharedOutputs_0_b_ready = io_input_b_ready;
  assign io_sharedOutputs_1_b_ready = io_input_b_ready;
  assign _zz_readRspIndex = {pendingSels[6 : 5],pendingSels[2 : 0]};
  assign _zz_readRspIndex_1 = _zz_readRspIndex[3];
  assign _zz_readRspIndex_2 = _zz_readRspIndex[4];
  assign _zz_readRspIndex_3 = (_zz_readRspIndex[1] || _zz_readRspIndex_1);
  assign _zz_readRspIndex_4 = (_zz_readRspIndex[2] || _zz_readRspIndex_1);
  assign readRspIndex = {_zz_readRspIndex_2,{_zz_readRspIndex_4,_zz_readRspIndex_3}};
  assign io_input_r_valid = ((|{io_sharedOutputs_1_r_valid,{io_sharedOutputs_0_r_valid,{io_readOutputs_2_r_valid,{io_readOutputs_1_r_valid,io_readOutputs_0_r_valid}}}}) || errorSlave_io_axi_r_valid);
  assign io_input_r_payload_data = _zz_io_input_r_payload_data;
  always @(*) begin
    io_input_r_payload_id = _zz_io_input_r_payload_id;
    if(pendingError) begin
      io_input_r_payload_id = errorSlave_io_axi_r_payload_id;
    end
  end

  always @(*) begin
    io_input_r_payload_resp = _zz_io_input_r_payload_resp;
    if(pendingError) begin
      io_input_r_payload_resp = errorSlave_io_axi_r_payload_resp;
    end
  end

  always @(*) begin
    io_input_r_payload_last = _zz_io_input_r_payload_last;
    if(pendingError) begin
      io_input_r_payload_last = errorSlave_io_axi_r_payload_last;
    end
  end

  assign io_readOutputs_0_r_ready = io_input_r_ready;
  assign io_readOutputs_1_r_ready = io_input_r_ready;
  assign io_readOutputs_2_r_ready = io_input_r_ready;
  assign io_sharedOutputs_0_r_ready = io_input_r_ready;
  assign io_sharedOutputs_1_r_ready = io_input_r_ready;
  always @(posedge clk or posedge reset) begin
    if(reset) begin
      pendingCmdCounter <= 3'b000;
      pendingDataCounter_value <= 3'b000;
      pendingSels <= 7'h0;
      pendingError <= 1'b0;
      _zz_cmdAllowedStart <= 1'b1;
    end else begin
      pendingCmdCounter <= _zz_pendingCmdCounter;
      pendingDataCounter_value <= pendingDataCounter_valueNext;
      if(cmdAllowedStart) begin
        pendingSels <= decodedCmdSels;
      end
      if(cmdAllowedStart) begin
        pendingError <= decodedCmdError;
      end
      if(cmdAllowedStart) begin
        _zz_cmdAllowedStart <= 1'b0;
      end
      if(io_input_arw_ready) begin
        _zz_cmdAllowedStart <= 1'b1;
      end
    end
  end


endmodule

module Axi4SharedErrorSlave (
  input               io_axi_arw_valid,
  output              io_axi_arw_ready,
  input      [15:0]   io_axi_arw_payload_addr,
  input      [3:0]    io_axi_arw_payload_id,
  input      [3:0]    io_axi_arw_payload_region,
  input      [7:0]    io_axi_arw_payload_len,
  input      [2:0]    io_axi_arw_payload_size,
  input      [1:0]    io_axi_arw_payload_burst,
  input      [0:0]    io_axi_arw_payload_lock,
  input      [3:0]    io_axi_arw_payload_cache,
  input      [3:0]    io_axi_arw_payload_qos,
  input      [2:0]    io_axi_arw_payload_prot,
  input               io_axi_arw_payload_write,
  input               io_axi_w_valid,
  output              io_axi_w_ready,
  input      [31:0]   io_axi_w_payload_data,
  input      [3:0]    io_axi_w_payload_strb,
  input               io_axi_w_payload_last,
  output              io_axi_b_valid,
  input               io_axi_b_ready,
  output     [3:0]    io_axi_b_payload_id,
  output     [1:0]    io_axi_b_payload_resp,
  output              io_axi_r_valid,
  input               io_axi_r_ready,
  output     [31:0]   io_axi_r_payload_data,
  output     [3:0]    io_axi_r_payload_id,
  output     [1:0]    io_axi_r_payload_resp,
  output              io_axi_r_payload_last,
  input               clk,
  input               reset
);

  reg                 consumeData;
  reg                 sendReadRsp;
  reg                 sendWriteRsp;
  reg        [3:0]    id;
  reg        [7:0]    remaining;
  wire                remainingZero;
  wire                io_axi_arw_fire;
  wire                io_axi_w_fire;
  wire                when_Axi4ErrorSlave_l92;
  wire                io_axi_b_fire;

  assign remainingZero = (remaining == 8'h0);
  assign io_axi_arw_ready = (! ((consumeData || sendWriteRsp) || sendReadRsp));
  assign io_axi_arw_fire = (io_axi_arw_valid && io_axi_arw_ready);
  assign io_axi_w_ready = consumeData;
  assign io_axi_w_fire = (io_axi_w_valid && io_axi_w_ready);
  assign when_Axi4ErrorSlave_l92 = (io_axi_w_fire && io_axi_w_payload_last);
  assign io_axi_b_valid = sendWriteRsp;
  assign io_axi_b_payload_resp = 2'b11;
  assign io_axi_b_payload_id = id;
  assign io_axi_b_fire = (io_axi_b_valid && io_axi_b_ready);
  assign io_axi_r_valid = sendReadRsp;
  assign io_axi_r_payload_id = id;
  assign io_axi_r_payload_resp = 2'b11;
  assign io_axi_r_payload_last = remainingZero;
  always @(posedge clk or posedge reset) begin
    if(reset) begin
      consumeData <= 1'b0;
      sendReadRsp <= 1'b0;
      sendWriteRsp <= 1'b0;
    end else begin
      if(io_axi_arw_fire) begin
        consumeData <= io_axi_arw_payload_write;
        sendReadRsp <= (! io_axi_arw_payload_write);
      end
      if(when_Axi4ErrorSlave_l92) begin
        consumeData <= 1'b0;
        sendWriteRsp <= 1'b1;
      end
      if(io_axi_b_fire) begin
        sendWriteRsp <= 1'b0;
      end
      if(sendReadRsp) begin
        if(io_axi_r_ready) begin
          if(remainingZero) begin
            sendReadRsp <= 1'b0;
          end
        end
      end
    end
  end

  always @(posedge clk) begin
    if(io_axi_arw_fire) begin
      remaining <= io_axi_arw_payload_len;
      id <= io_axi_arw_payload_id;
    end
    if(sendReadRsp) begin
      if(io_axi_r_ready) begin
        remaining <= (remaining - 8'h01);
      end
    end
  end


endmodule